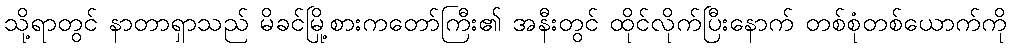
သို့ရာတွင် နာတာရှာသည် မိခင်မြို့စားကတော်ကြီး၏ အနီးတွင် ထိုင်လိုက်ပြီးနောက် တစ်စုံတစ်ယောက်ကို